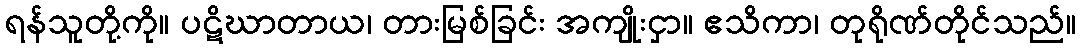
ရန်သူတို့ကို။ ပဋိဃာတာယ၊ တားမြစ်ခြင်း အကျိုးငှာ။ ဧသိကာ၊ တုရိုဏ်တိုင်သည်။